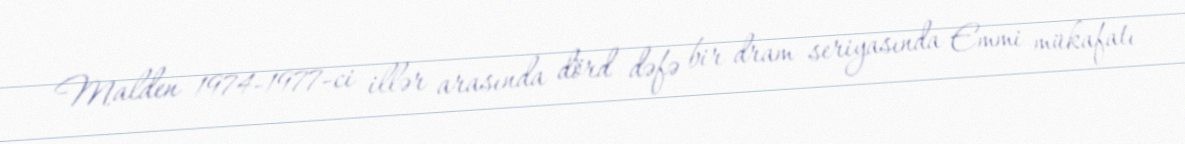
Malden 1974-1977-ci illər arasında dörd dəfə bir dram seriyasında Emmi mükafatı